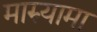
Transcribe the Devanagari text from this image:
मारुयामा